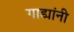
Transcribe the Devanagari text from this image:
गाड्यांनी